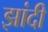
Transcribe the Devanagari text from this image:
झांदी